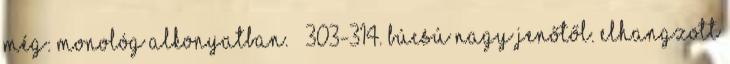
még: Monológ alkonyatban. – 303-314. Búcsú Nagy Jenőtől. Elhangzott